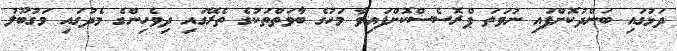
ދަޅުގައި ބަންދުކޮށްފައި ނުވަތަ ޕްރޮސެސްކޮށްފައިވާ މަހުގެ ބާވަތްތަކުގެ ތެރޭގައި ދިވެހިންގެ މެދުގައި މަގުބޫލު